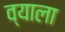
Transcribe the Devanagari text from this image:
व्याला